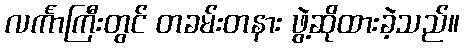
လင်္ကာကြီးတွင် တခမ်းတနား ဖွဲ့ဆိုထားခဲ့သည်။